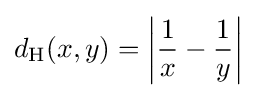
d_{\operatorname {H} }(x,y)=\left|{\frac {1}{x}}-{\frac {1}{y}}\right|